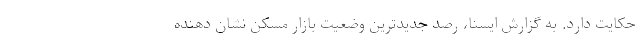
حکایت دارد. به گزارش ایسنا، رصد جدیدترین وضعیت بازار مسکن نشان دهنده